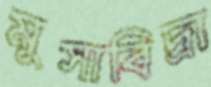
মুসাবিদ্রা